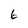
Character: 6